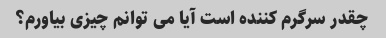
چقدر سرگرم کننده است آیا می توانم چیزی بیاورم؟